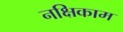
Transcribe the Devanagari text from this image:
नक्षिकाम